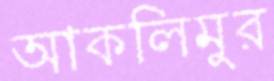
আকলিমুর